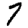
Digit: 7